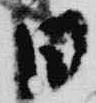
日